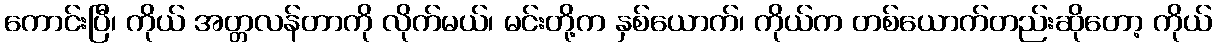
ကောင်းပြီ၊ ကိုယ် အတ္တလန်တာကို လိုက်မယ်၊ မင်းတို့က နှစ်ယောက်၊ ကိုယ်က တစ်ယောက်တည်းဆိုတော့ ကိုယ်